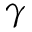
\gamma